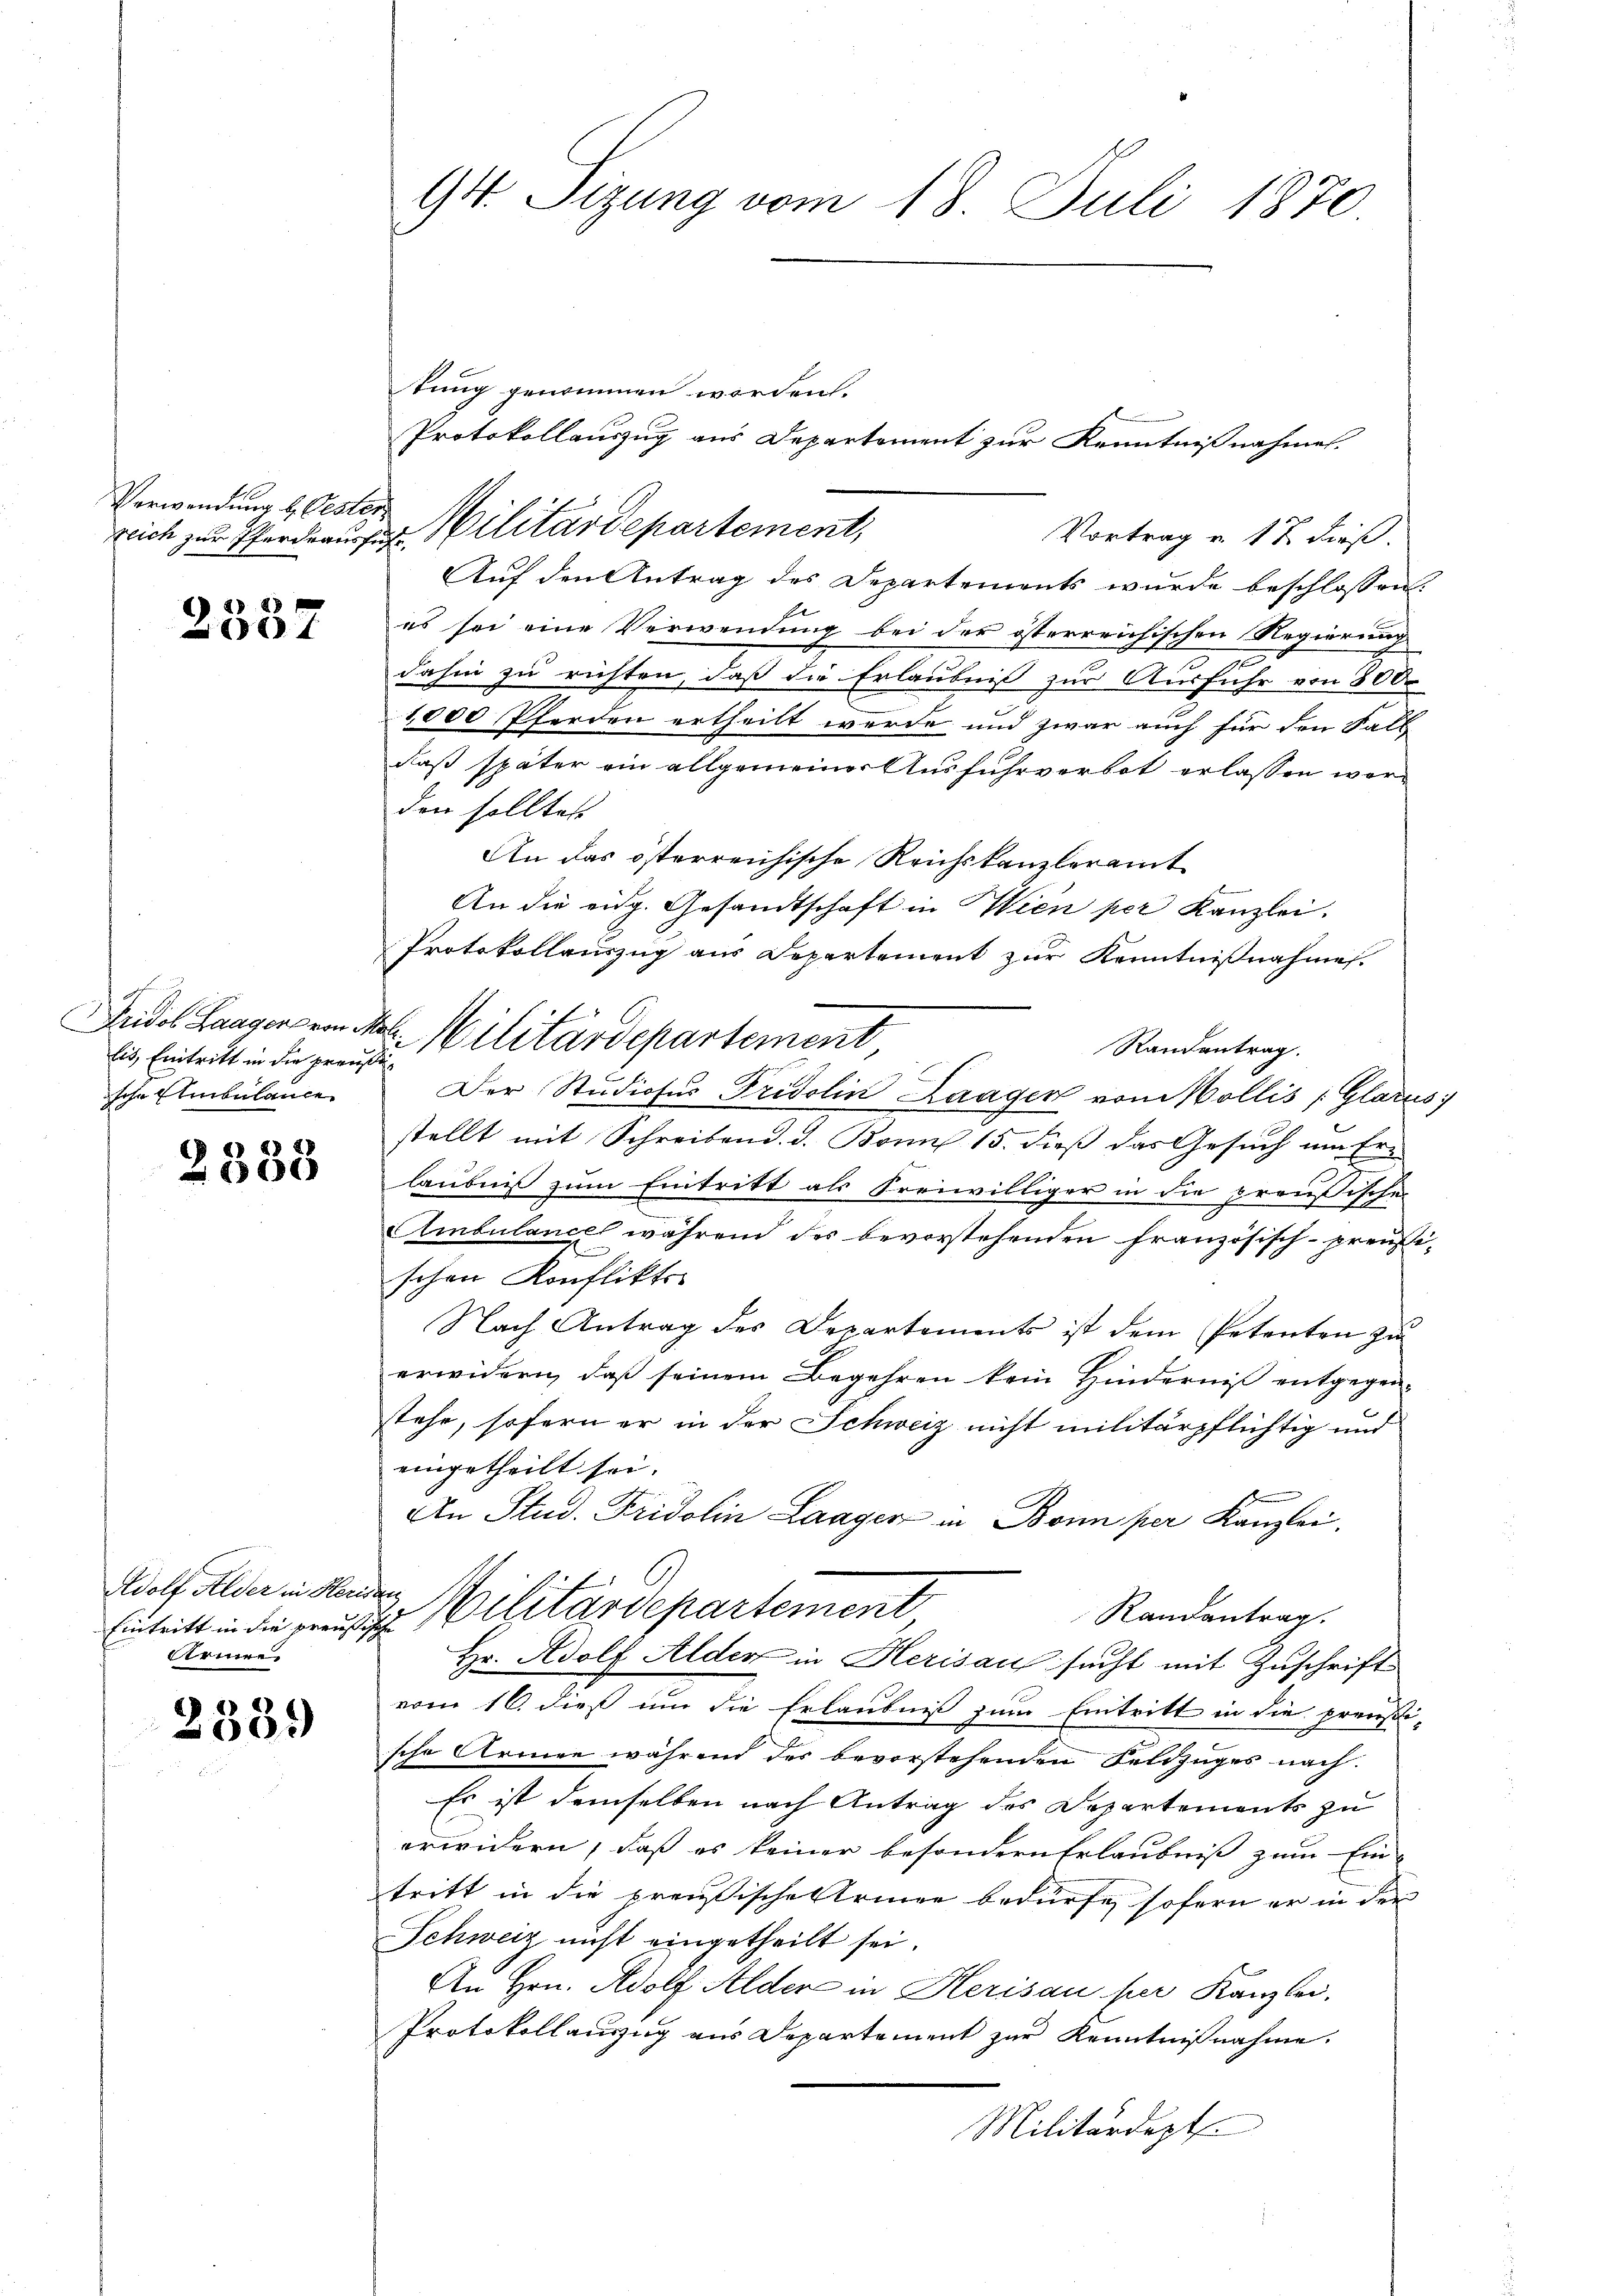
2337

Verwendung b. Oester

lis, Eintritt in die preußische Ambülance

2383

Adolf Alder in Heridan
vermen

2339

94. Sizung vom 18. Juli 1870

rlich zur Pferdeaus Militärdepartement,

tung genommen worden.
Protokollauszug aus Departement zur Kenntnißnahmen.
Vortrag u. 12 dieß.
Auf den Antrag des Departements wurde beschlossen:
F
es sei eine Verwendung bei der österreichischen Regierung
dahin zu richten, daß die Erlaubnis zur Ausfuhr von 800
1,000 Pferden ertheilt werde und zwar auch für den Fall
daß später ein allgemeiner Ausfuhrverbot erlassen worden solltete
An das österreichische Reichskanzleramt
An die eidg. Gesandtschaft in Wien per Kanzlei.
Protokollauszug aus Departement zur Kenntnißnahmes.
Randantrag.
Der Studiosus Fridolin Laager von Mollis (Glarus
stellt mit Schreibend. d. Bonn 15. dieß das Gesuch um Ern
laubniß zum Eintritt als Freiwilliger in die preußischen
Ambulancel während des bevorstehenden französisch-preußischen Konflikts-
Nach Antrag des Departements ist dem Petenten zu
erwidern, daß seinem Begehren kein Hinderniß entgegen-
stehe, sofern er in der Schweiz nicht militärpflichtig und
eingetheilt sei.
An Stud. Fridolin Laager in Bonn per Kanzlei
Randantrag.
Eintritt in die preuig. Militärdepartement
Hr. Adolf Alder in Herisau sucht mit Zuschrift
vom 16. dieß um die Erlaubniß zum Eintritt in die preußi-
sche Armen während des bevorstehenden Feldzuges nach
Es ist demselben nach Antrag des Departements zu
erwidern, daß es keiner besondern Erlaubniß zum Ein-
tritt in die preußische Armee bedürfe, sofern er in der
Schweiz nicht eingetheilt sei.
An Hrn. Adolf Alder in Herisau per Kanzlei,
Protokollauszug aus Departement zur Kenntnißnahme.
Militärdept.

Sudel Langeneren des Militärdepartement